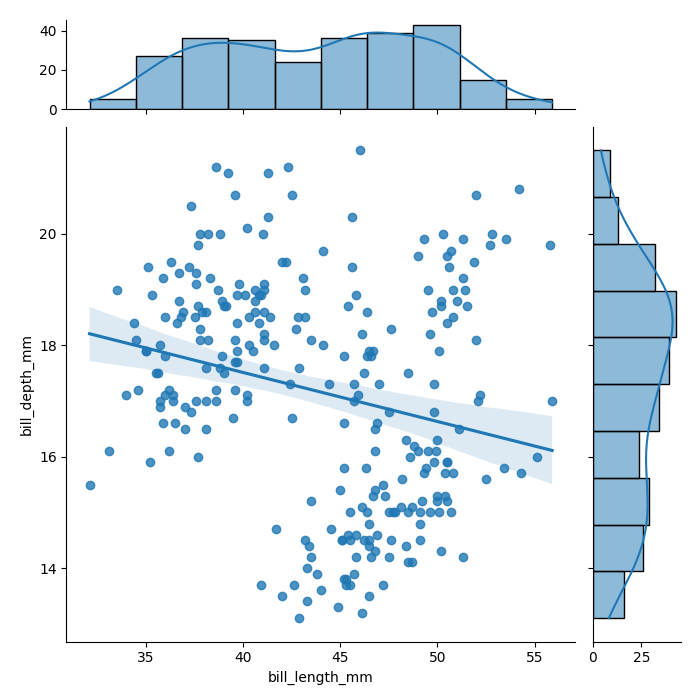
python, seaborn, jointplot, kind='reg', height='7', ratio='5', marginal_ticks='True'